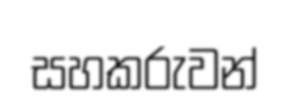
සහකරුවන්